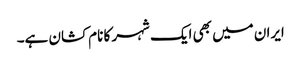
ایران میں بھی ایک شہر کا نام کشان ہے۔